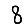
Digit: 8